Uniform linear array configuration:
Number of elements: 64
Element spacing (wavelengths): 0.25
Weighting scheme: hann
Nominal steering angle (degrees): -45
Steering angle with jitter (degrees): -43.088
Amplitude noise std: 0.05
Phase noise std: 0.05

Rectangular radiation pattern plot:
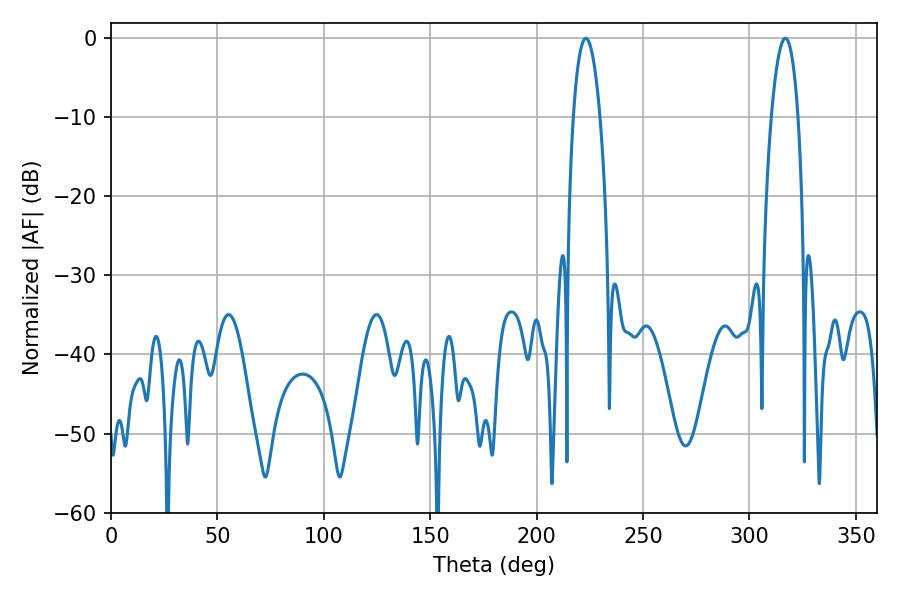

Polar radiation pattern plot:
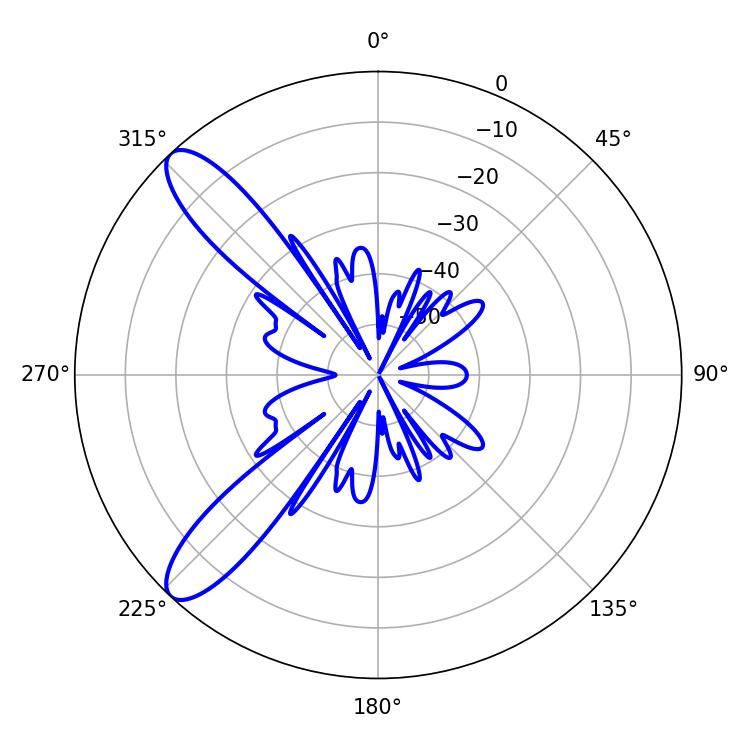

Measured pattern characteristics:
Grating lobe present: FALSE
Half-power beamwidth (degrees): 7.02
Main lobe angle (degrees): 316.8